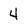
Character: 4